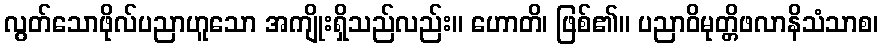
လွတ်သောဖိုလ်ပညာဟူသော အကျိုးရှိသည်လည်း။ ဟောတိ၊ ဖြစ်၏။ ပညာဝိမုတ္တိဖလာနိသံသာစ၊